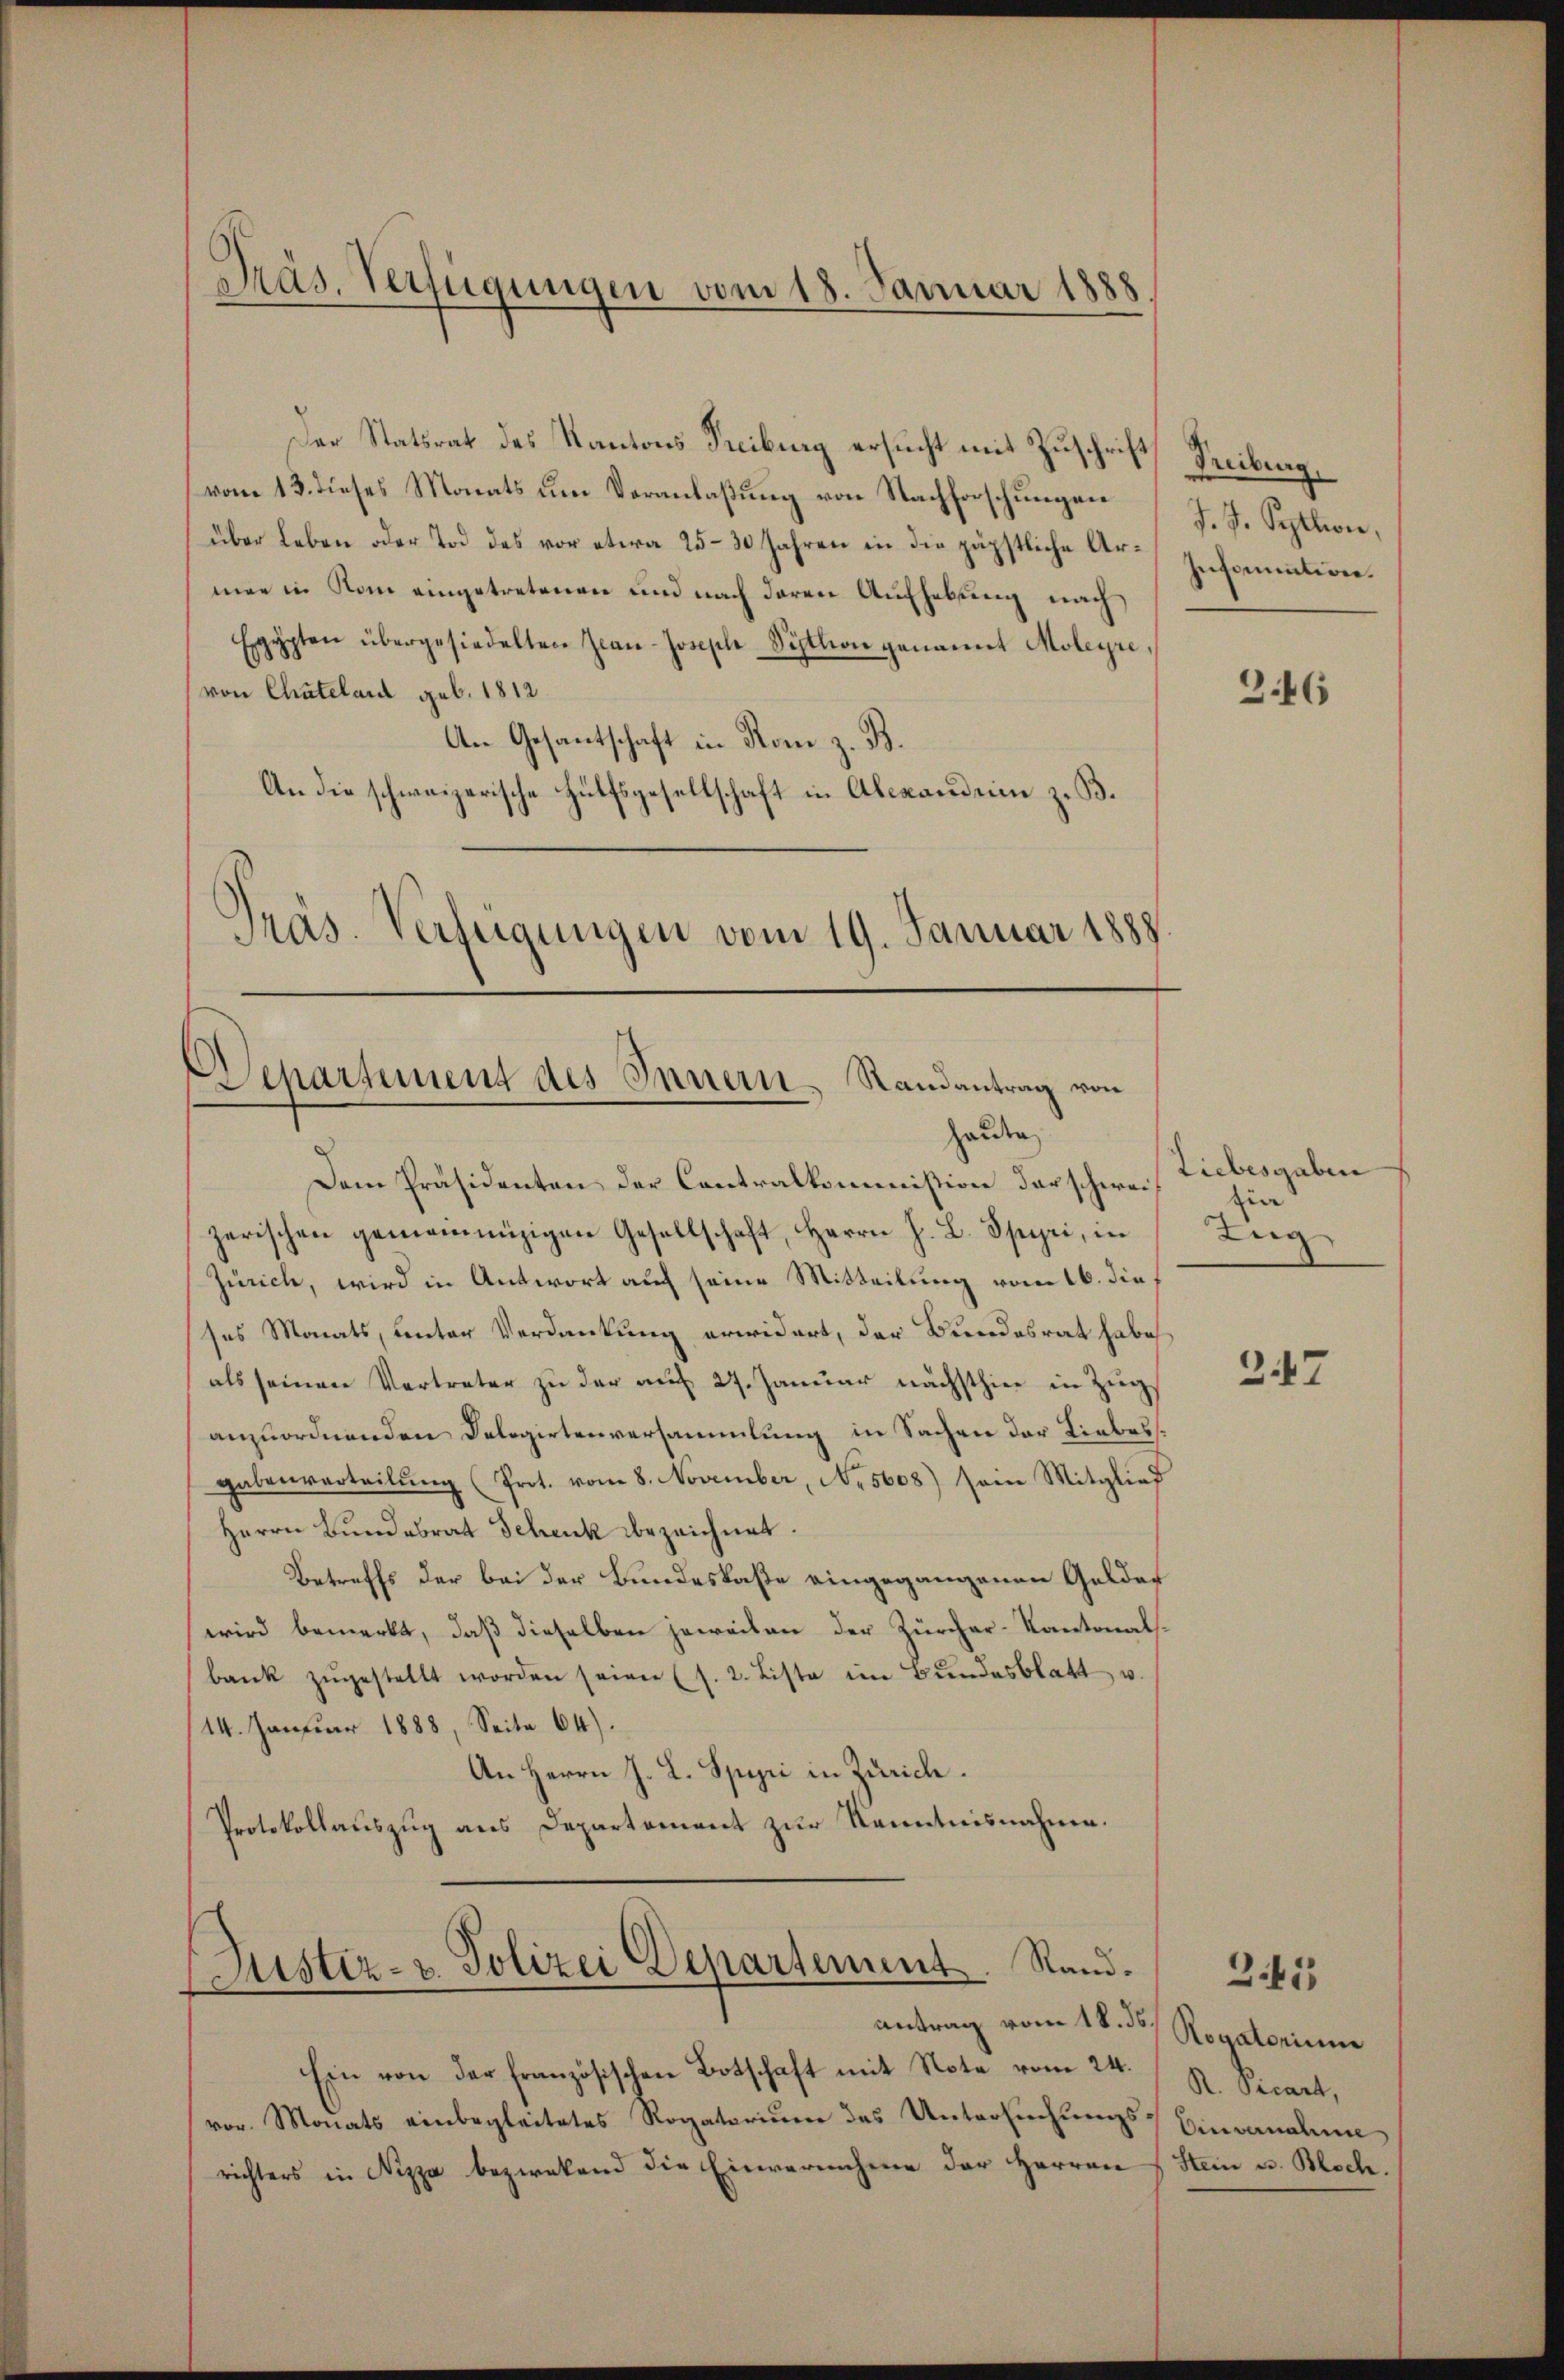
Präs. Verfügungen vom 18. Januar 1888

Der Statsrat des Kantons Treiburg ersucht mit Zuschrift, Treiburg,
vom 13. dieses Monats um Voranlaßung von Nachforschungen
über Leben oder Tod des vor etwa 25–30 Jahren in die päpstliche Ar-Infamationmen in Rom eingetretenen und nach deren Aufhebung nach
Egypten übergesiedelten Jean-Joseph Seption genannt Moleyre
von Chatelard geb. 1812.
An Gesantschaft in Rom z. B.
An die schweizerische Hülfsgesellschaft in Alexandein z. B.
Präs. Verfügungen vom 19. Januar 1888

¬
Departement des Innern Randantrag von
haute

Dem Präsidenten der Contralkommission darschweizerischen gemeinnüzigen Gesellschaft, Herrn J. L. Spyri, in
Zürich, wird in Antwort auf seine Mitteilung vom 16. die,
ses Monats, unter Verdankung erwidert, der Bundesrat habe
als seinen Vertreter zu der auf 27. Januar nächsthier in Zŭg,
anzuordnenden Delegirtenversammlung in Sachen der Liebess
gabenverteilŭng (Prot. vom 8. November, No. 5608) sein Mitglied
Herrn Bundesrat Schenk bezeichnet.
Betreffs der bei der Bundeskaße eingegangenen Gelder
wird bemerkt, daß dieselben jeweiten der Zürcher-Kantonalsbank zŭgestellt worden seien (s. 2. Liste im Bŭndesblatt u.
/14. Januar 1888, Seite 64).
An Herrn J. L. Spyri in Zürich.
Protokollauszug aus Departement zur Kenntnisnahme.

Justiz- u. Polizei Departement. Rand.

antrag vom 18. ds Rogatorium
Ein von der französischen Botschaft mit Note vom 24.
vor. Monats einbegleitetes Rogatorium des Untersuchungs-Einwandlun
richters in Nizza bezwekend die Einvernehme der Herren

J. J. Seption,

Liebesgaben
zin
Zug

347

3.46

R. Picant,
Stein u. Bloch.

2.45